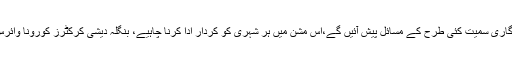
کرکٹ بورڈ کے ایک عہدیدار نے کہاکہ کورونا وائرس کی روک تھام کے عمل میں لاکھوں افراد کی بے روزگاری سمیت کئی طرح کے مسائل پیش آئیں گے،اس مشن میں ہر شہری کو کردار ادا کرنا چاہیے، بنگلہ دیشی کرکٹرز کورونا وائرس سے بچاﺅ کی مہم میں بڑھ چڑھ کر حصہ لیتے ہوئے سوشل میڈیا پر مسلسل پیغامات بھی جاری کر رہے ہیں۔